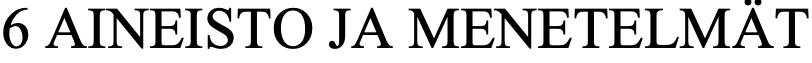
6 AINEISTO JA MENETELMÄT